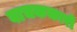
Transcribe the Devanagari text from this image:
वाचककारों